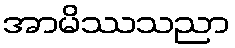
အာမိဿသညာ